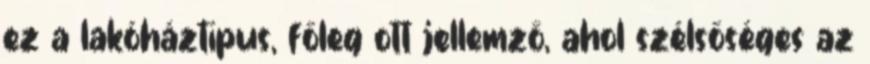
ez a lakóháztípus, főleg ott jellemző, ahol szélsőséges az